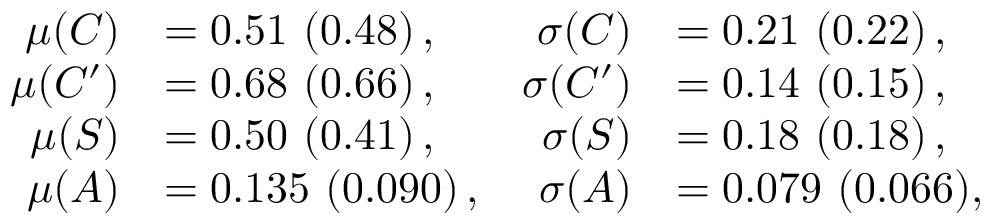
\begin{array} { r l r l } { { \mu ( C ) } } & { { = 0 . 5 1 \ ( 0 . 4 8 ) \, , } } & { { \sigma ( C ) } } & { { = 0 . 2 1 \ ( 0 . 2 2 ) \, , } } \\ { { \mu ( C ^ { \prime } ) } } & { { = 0 . 6 8 \ ( 0 . 6 6 ) \, , } } & { { \sigma ( C ^ { \prime } ) } } & { { = 0 . 1 4 \ ( 0 . 1 5 ) \, , } } \\ { { \mu ( S ) } } & { { = 0 . 5 0 \ ( 0 . 4 1 ) \, , } } & { { \sigma ( S ) } } & { { = 0 . 1 8 \ ( 0 . 1 8 ) \, , } } \\ { { \mu ( A ) } } & { { = 0 . 1 3 5 \ ( 0 . 0 9 0 ) \, , } } & { { \sigma ( A ) } } & { { = 0 . 0 7 9 \ ( 0 . 0 6 6 ) , } } \end{array}